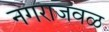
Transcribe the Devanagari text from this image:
नगराजवळ